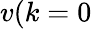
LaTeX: v(k=0